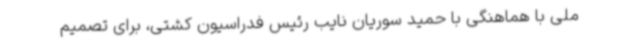
ملی با هماهنگی با حمید سوریان نایب رئیس فدراسیون کشتی، برای تصمیم